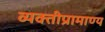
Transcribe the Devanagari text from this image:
व्यक्तीप्रामाण्य